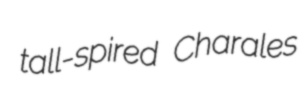
tall-spired Charales